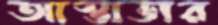
আস্তাডার